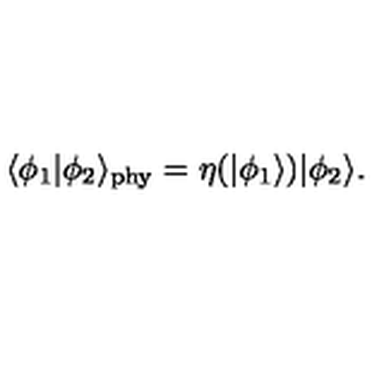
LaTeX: \langle \phi _ { 1 } | \phi _ { 2 } \rangle _ { \mathrm { \tiny p h y } } = \eta ( | \phi _ { 1 } \rangle ) | \phi _ { 2 } \rangle .